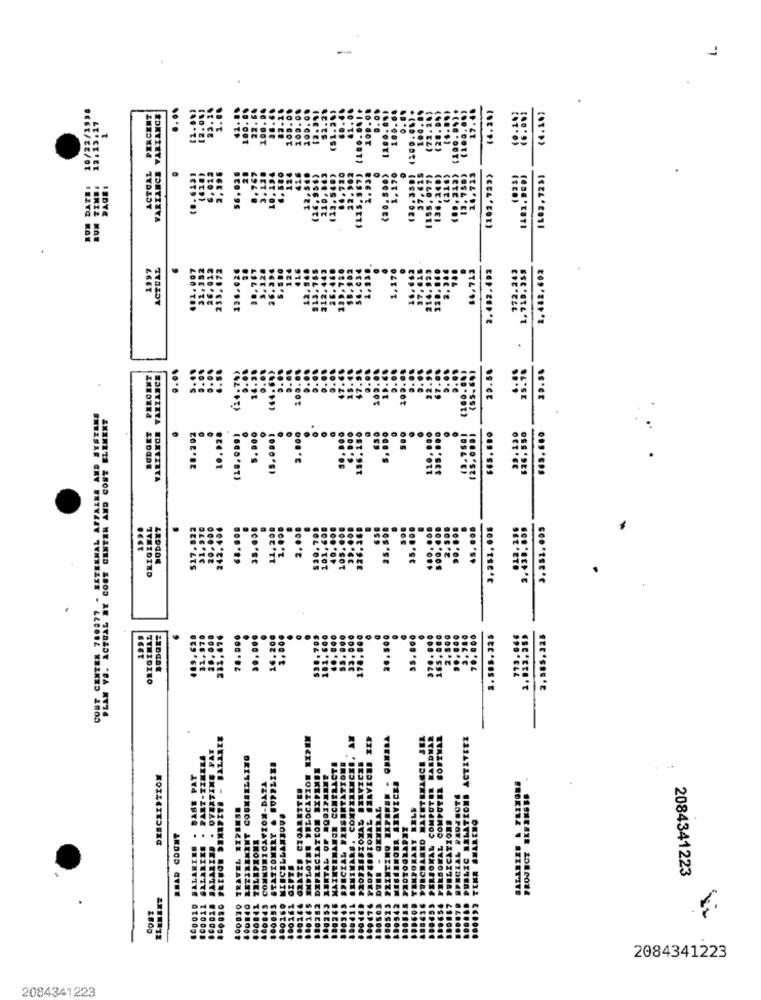
....
(6.26)
(4.10)
ACTUAL PERCENT
RIANCE VARIANCE
1,17
(102, 723)
1102, 725)
136.
ACTUAL
84,713
2.482.402
212.242
.710. 359
2.482,602
1.170
20.58
25.78
20.58
PERCENT
VARZAXOE VARIANCE
14.
(44.
100
(24.
AFFAIRE AND SYSTEMS
PLAN YO. ACTUAL MY CONE CENTER AND CONT ELEMENT
BODOET
28.202
10.026
(10,099)
S. DOC
3. 000
.......
ORIGINAL
SODGET
$17-822
31.270
242.406
35.000
2.000
45.000
3.251,005
3.351.005
25,860
35.00
2.800
10
COST CENTER 200877
1999
ORIGINAL
409, 620
20.000
70.000
30,000
16.200
20,500
00
2.565.325
2. 585.225
BALLATE
OF HIPEM
ACTIVEEZ
OVERTIME PAY
PART-TIMELA
ZLING
TROMERY & SUPPLIES
DESCRIPTION
PA
KUNICATION-DATA
PROJECT EKRANSES
100030 TRAVEL RIPRESE
ICELLAMIOVO
BIOZAL
BRAD COUNT
PIONE
ES
460010 SAL
SALA
CO.
2084341223
10001
CONT
2084341223
2084341223